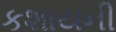
કશાયની